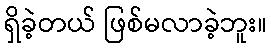
ရှိခဲ့တယ် ဖြစ်မလာခဲ့ဘူး။